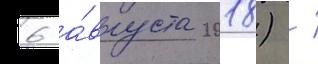
6 а́вгуста 2018) -